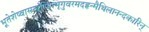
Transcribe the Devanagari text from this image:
भूतेशेष्वासखण्डिन्भृगुवरमदहृन्मैथिलानन्दकारिन्